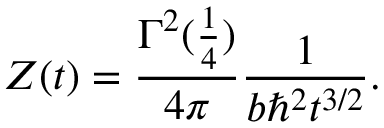
Z ( t ) = { \frac { \Gamma ^ { 2 } ( { \frac { 1 } { 4 } } ) } { 4 \pi } } { \frac { 1 } { b \hbar ^ { 2 } t ^ { 3 / 2 } } } .